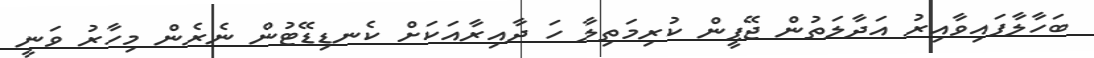
ބަހާލާފައިވާއިރު އަދާލަތުން ޖޭޕީން ކުރިމަތިލާ ހަ ދާއިރާއަކަށް ކެނޑިޑޭޓުން ނެރެން މިހާރު ވަނީ